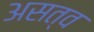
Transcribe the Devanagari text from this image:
असत्व